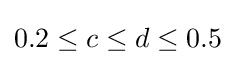
0.2\leq c\leq d\leq 0.5